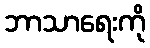
ဘာသာရေးကို